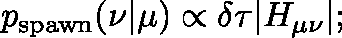
p _ { \mathrm { s p a w n } } ( \nu | \mu ) \propto \delta \tau | H _ { \mathbf { \mu \nu } } | ;